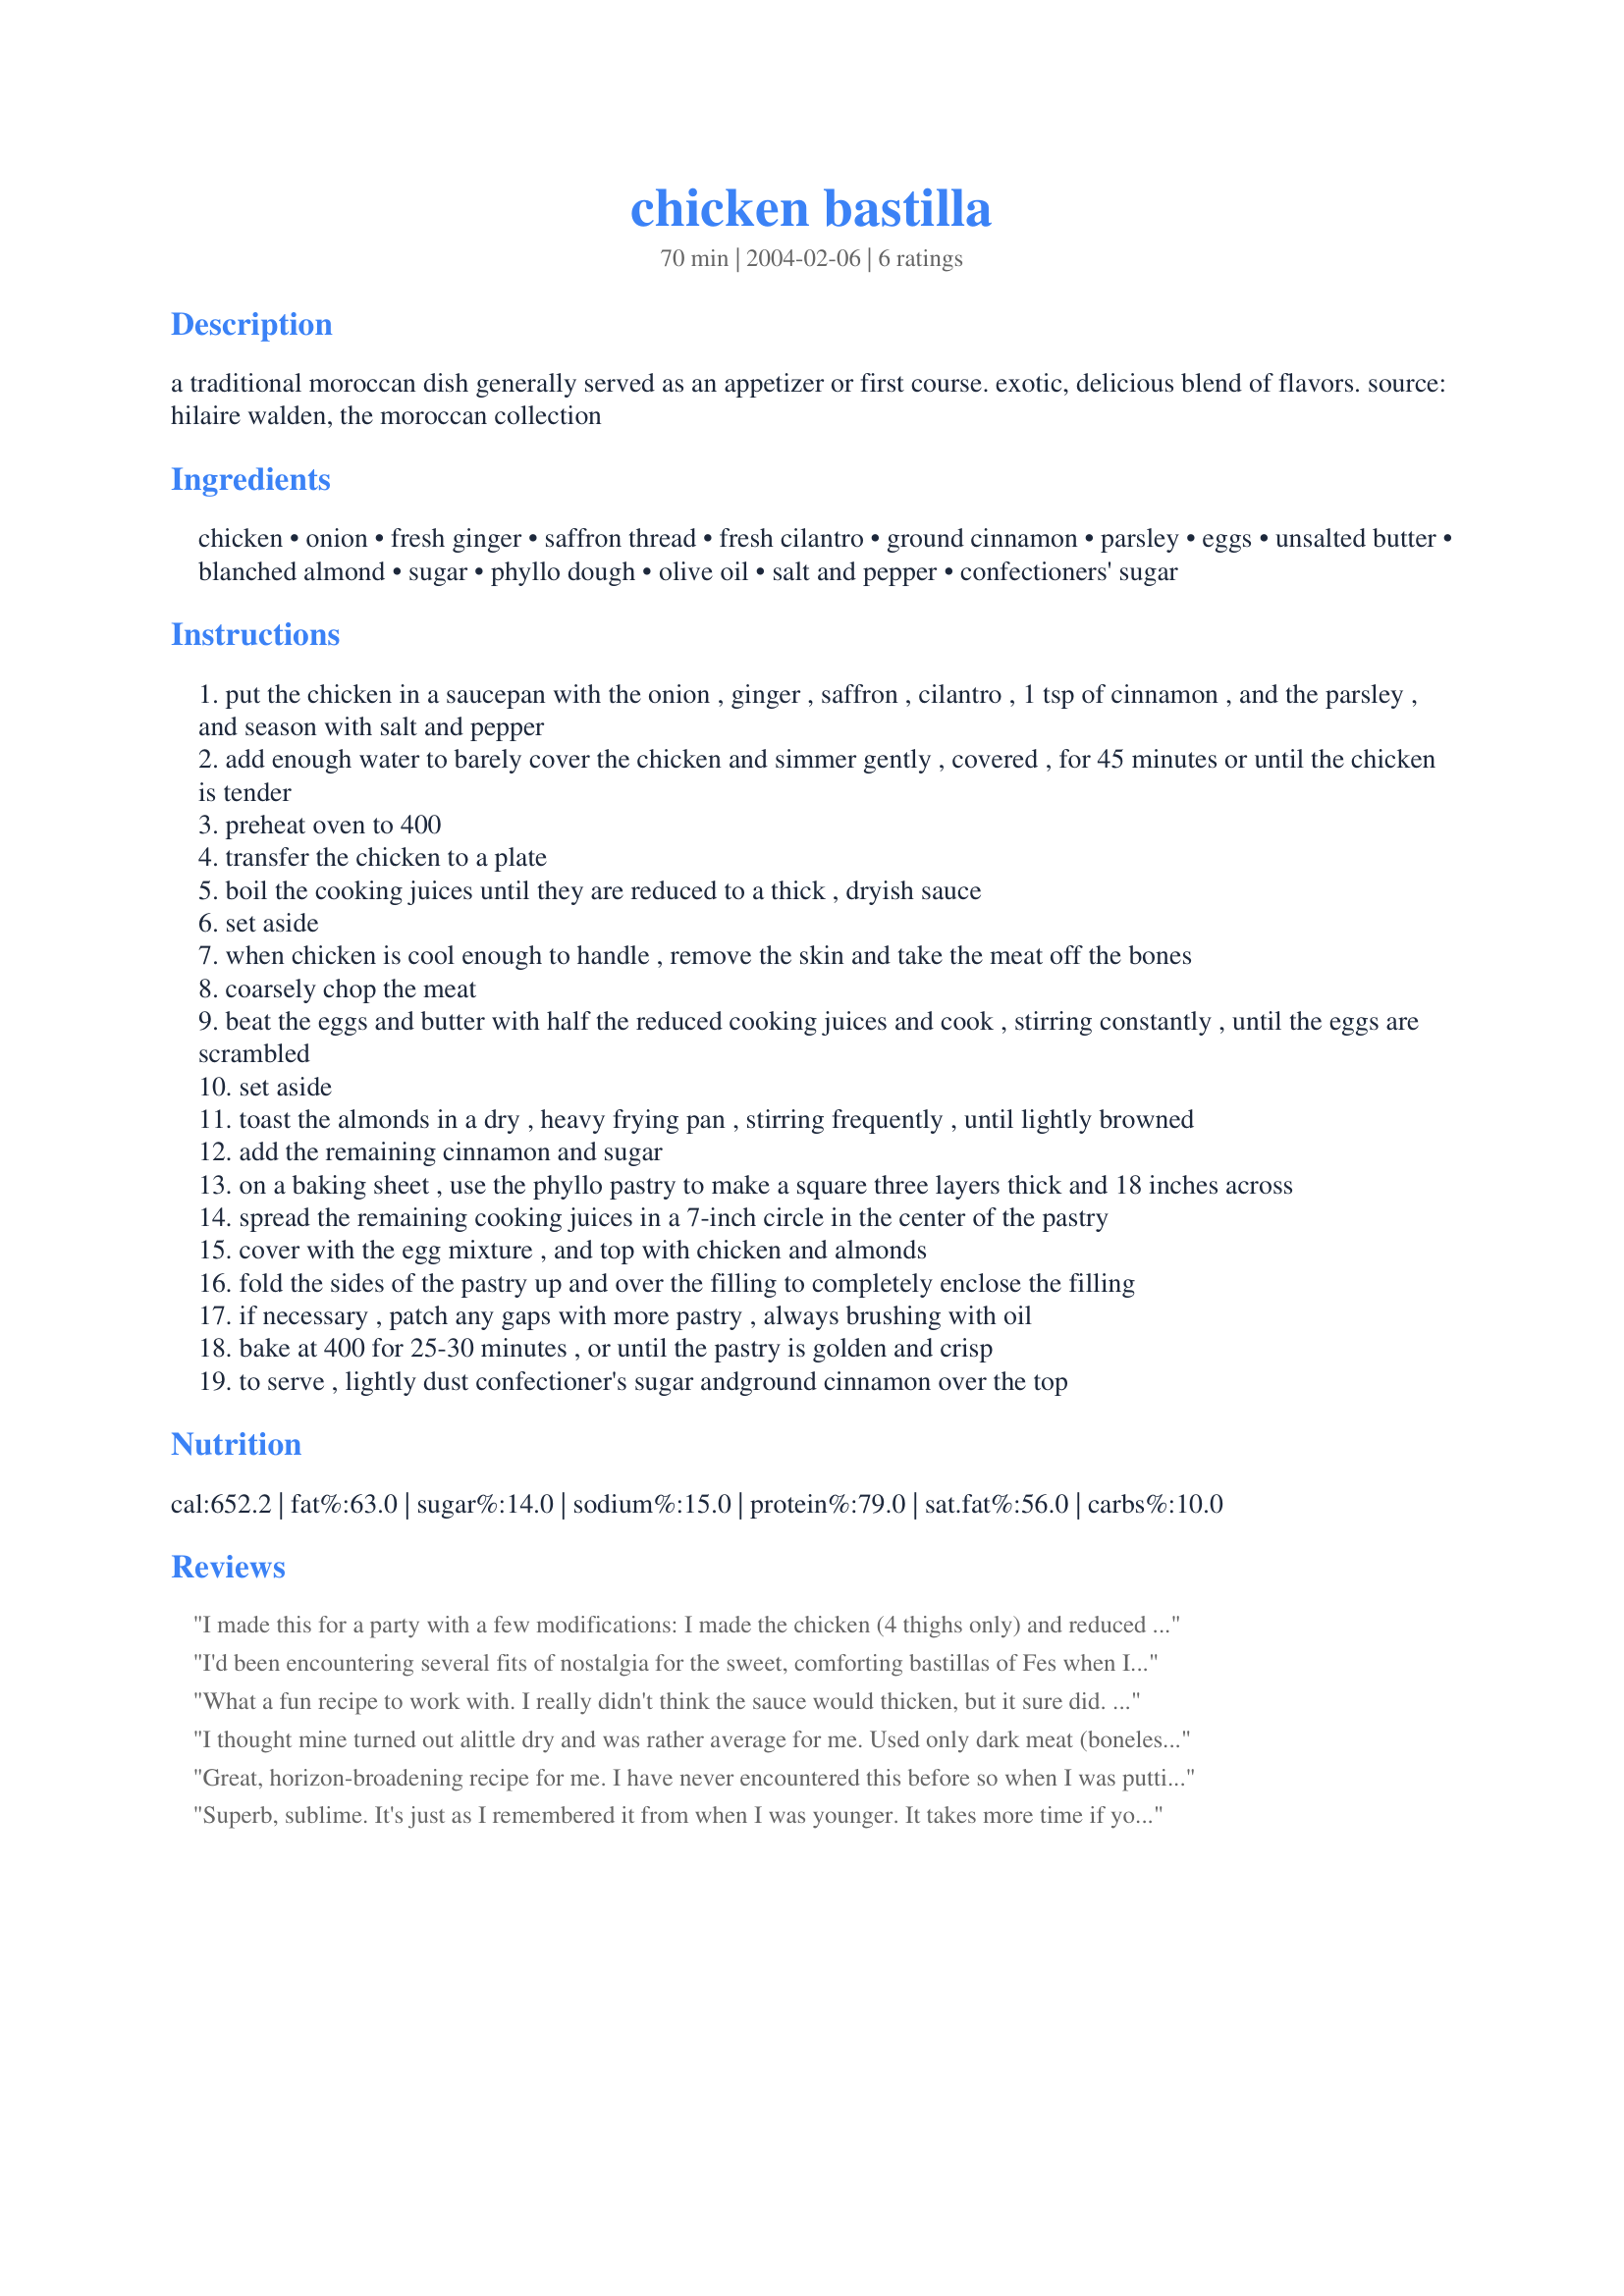
chicken bastilla
Preparation time: 70 minutes

a traditional moroccan dish generally served as an appetizer or first course. exotic, delicious blend of flavors. source: hilaire walden, the moroccan collection

Ingredients:
chicken, onion, fresh ginger, saffron thread, fresh cilantro, ground cinnamon, parsley, eggs, unsalted butter, blanched almond, sugar, phyllo dough, olive oil, salt and pepper, confectioners' sugar

Steps:
put the chicken in a saucepan with the onion , ginger , saffron , cilantro , 1 tsp of cinnamon , and the parsley , and season with salt and pepper
add enough water to barely cover the chicken and simmer gently , covered , for 45 minutes or until the chicken is tender
preheat oven to 400
transfer the chicken to a plate
boil the cooking juices until they are reduced to a thick , dryish sauce
set aside
when chicken is cool enough to handle , remove the skin and take the meat off the bones
coarsely chop the meat
beat the eggs and butter with half the reduced cooking juices and cook , stirring constantly , until the eggs are scrambled
set aside
toast the almonds in a dry , heavy frying pan , stirring frequently , until lightly browned
add the remaining cinnamon and sugar
on a baking sheet , use the phyllo pastry to make a square three layers thick and 18 inches across
spread the remaining cooking juices in a 7-inch circle in the center of the pastry
cover with the egg mixture , and top with chicken and almonds
fold the sides of the pastry up and over the filling to completely enclose the filling
if necessary , patch any gaps with more pastry , always brushing with oil
bake at 400 for 25-30 minutes , or until the pastry is golden and crisp
to serve , lightly dust confectioner's sugar andground cinnamon over the top

Reviews:
I made this for a party with a few modifications: I made the chicken (4 thighs only) and reduced the sauce the day before and kept it refrigerated overnight. Instead of one large phyllo package I made three rolls (burrito or eggroll style) using one 3-4 layered sheet of phyllo, and I only ended up using about 2/3 of the egg mixture. I brushed the tops with butter and sprinkled with cinnamon mixed with powdered sugar and some ground almonds before baking. It was a big hit with the other bastilla fan at the party , but I think I would have prefered more cinnamon and possibly a bit higher chicken/egg ratio.
I'd been encountering several fits of nostalgia for the sweet, comforting bastillas of Fes when I caved in and tried out this recipe. Since a good pigeon is hard to find, chicken makes a fair substitute, but you're better off using less of it (the flavor and texture are much better if you only use the dark meat). Even so, this is an easy way to pull of a rather delicate, delicious, and very filling dish that will delight everyone.
What a fun recipe to work with. I really didn't think the sauce would thicken, but it sure did. We thought the mixture was a little dry in the end so we added some honey and wowsers was it wonderful. We are going to add it to the mix next time before we back it. It had a wonderful baklava taste to it. Thank you for a wonderful recipe.
I thought mine turned out alittle dry and was rather average for me. Used only dark meat (boneless chicken thighs) for easy shredding later, upped the amt of cinnamon powder, reduced the egg component and still found it abit too "eggy" for me. Thought the egg taste overpowered the shredded chicken.The almond crunchy bits was a nice touch (couldnt help munching on it after dry frying them with 1 tbsp of sugar and cinnamon) but it somehow still didnt quite taste like the bastillas I had in Marrakesh. Still dreaming and craving for that heavenly pastry... Too bad it's pretty hard to find a good restaurant serving bastilla in this part of Asia. Was pretty fun putting the recipe together though.
Great, horizon-broadening recipe for me. I have never encountered this before so when I was putting it together I didn't really know what I was aiming for. I did not use all of my chicken in this...I put the rest in some remaining phyllo with some steamed broccoli and feta. As suggested here, I maximized the dark meat. This was my first time attempting anything with a whole chicken. I removed the skin and any fat I could see before starting, and I also removed the yolks from 2 of my eggs to lighten it up a bit. The reduced sauce was wonderful. It took awhile, and at times I thought that it wouldn't go down, but it did and it was a great flavor. I unfortunately did not have saffron, which would have been nice, but this was still a great recipe. I made the components the day before, then assembled about 6 hours before baking, and everything was just fine (under some plastic wrap to keep things moist). I also scored the top of my phyllo into the portion sizes I planned to have so that it would be easier to cut once cooked. Thank you for sharing this interesting recipe!
Superb, sublime. It's just as I remembered it from when I was younger. It takes more time if you do a proper prep, but it's wonderful.
